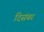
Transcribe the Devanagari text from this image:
दिसंबर